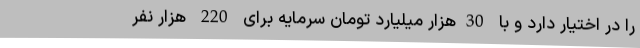
را در اختیار دارد و با 30هزار میلیارد تومان سرمایه برای 220 هزار نفر